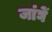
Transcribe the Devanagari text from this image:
जांघें